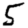
Digit: 5